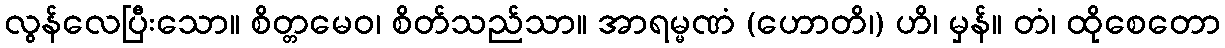
လွန်လေပြီးသော။ စိတ္တမေဝ၊ စိတ်သည်သာ။ အာရမ္မဏံ (ဟောတိ၊) ဟိ၊ မှန်။ တံ၊ ထိုစေတော